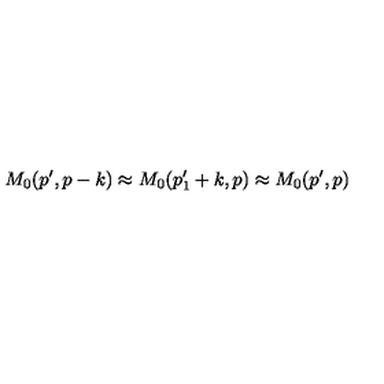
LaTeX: M _ { 0 } ( p ^ { \prime } , p - k ) \approx M _ { 0 } ( p _ { 1 } ^ { \prime } + k , p ) \approx M _ { 0 } ( p ^ { \prime } , p )